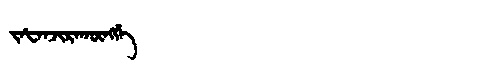
Manchu: ᠵᠠᡶᠠᠨᠵᡳᡵᠠᡴᡡᠩᡤᡝ
Romanization: JAFANJIRAKŪNGGE